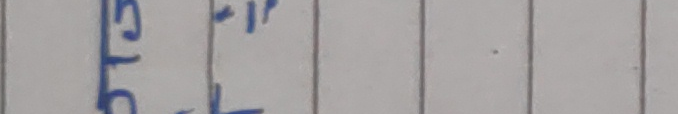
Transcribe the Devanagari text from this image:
५/१६-१"